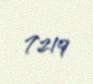
7219